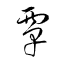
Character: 覃